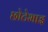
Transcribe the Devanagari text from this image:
छोटेभाइ